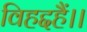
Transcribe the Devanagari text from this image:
विहद्दहैं।।